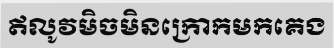
ឥលូវមិចមិនក្រោកមកគេង